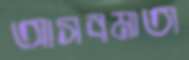
আসবমাতা